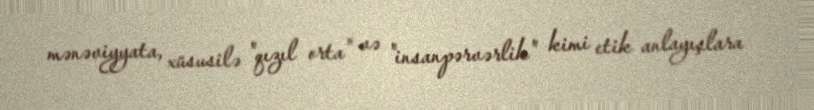
mənəviyyata, xüsusilə "qızıl orta" və "insanpərvərlik" kimi etik anlayışlara